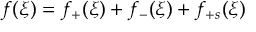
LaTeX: f ( \xi ) = f _ { + } ( \xi ) + f _ { - } ( \xi ) + f _ { + s } ( \xi )